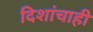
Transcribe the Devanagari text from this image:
दिशांचाही